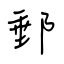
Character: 郵